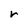
Character: r